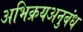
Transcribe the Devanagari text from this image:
अभिक्रयअनुबंध